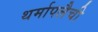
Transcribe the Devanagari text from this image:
थर्मापलैची